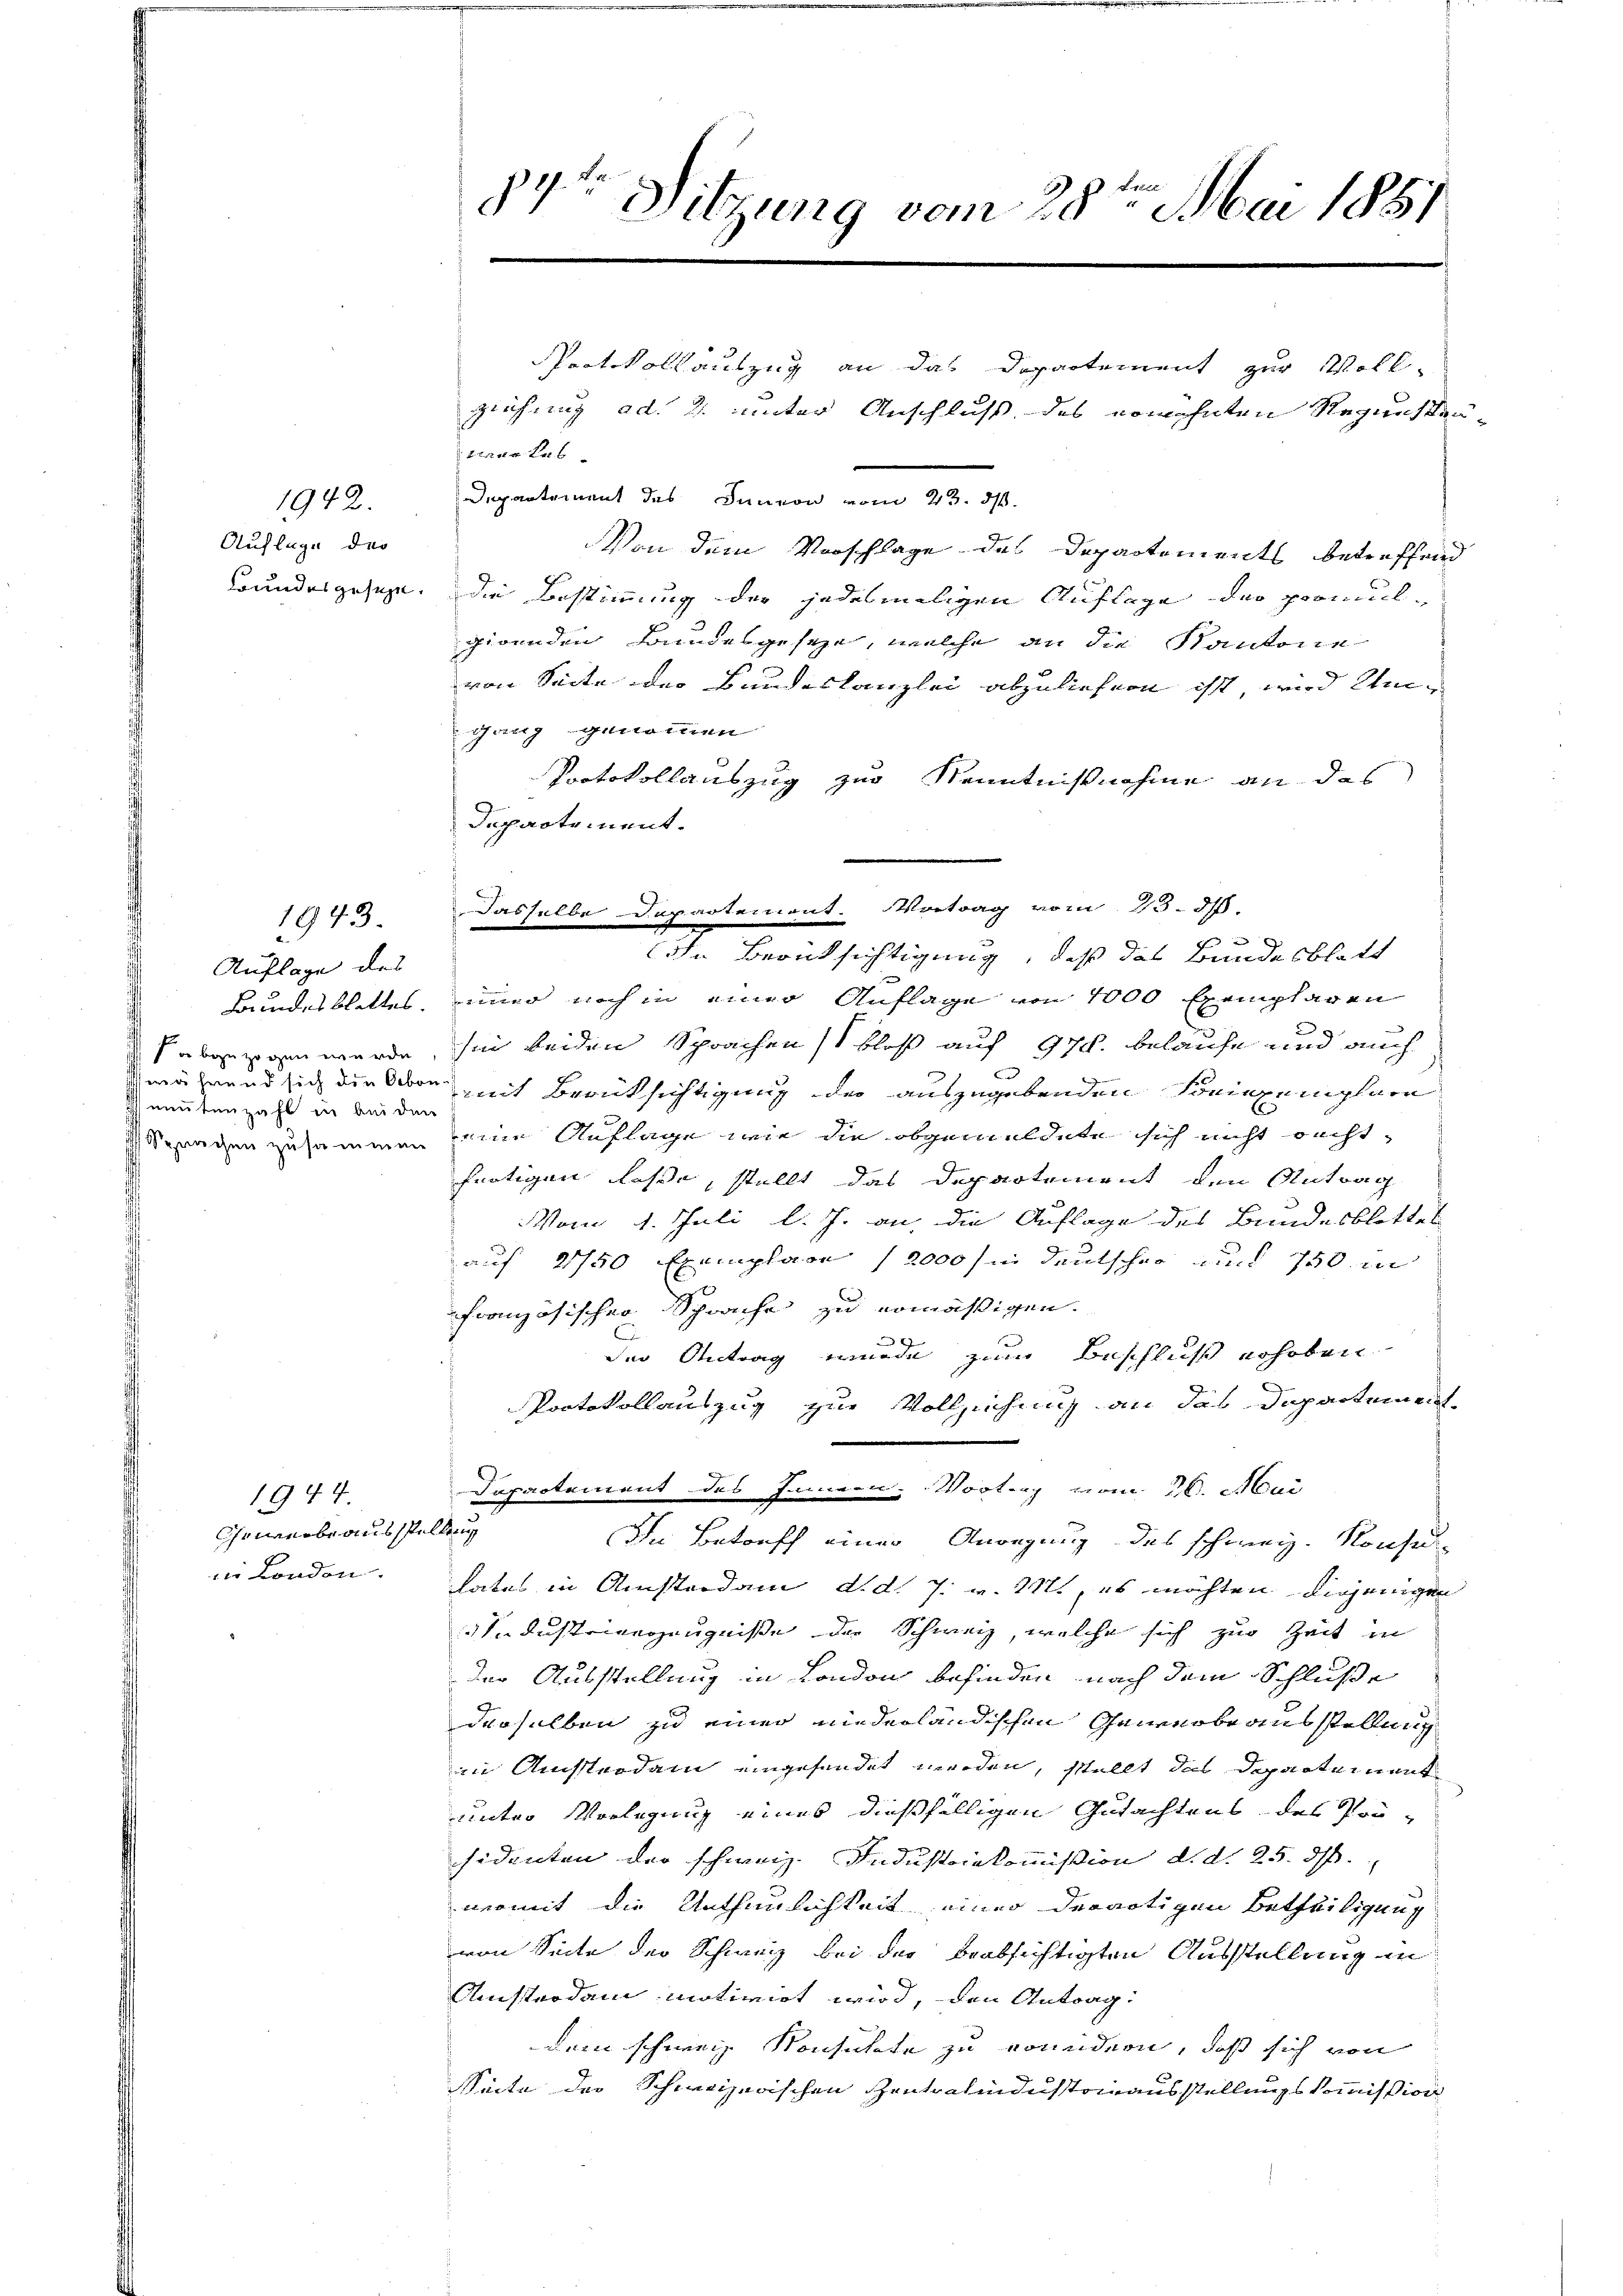
1942.
Auflage das
Bundesgesezen.

1943.
Auflage des
Bundesblattes.
neutenzahl in bei den
 Sprachen zusammen

1944.
Chrwerbe ausstellung
in London.

84te Sitzung vom 28ten Mai 1881.

Protokollauszug an das Departement zur Voll-
ziehung ad. 2. unter Anschluß des erwohnten Regensteuterer Leb
Departement des Innern vom 23. ds.
Von dem Vorschlage des Departements betreffend
die Bestimmung der jedesmaligen Auflage der promulgirenden Bundesgeseze, welche an die Kantone
von Seite der Bundeskanzlei abzuliefern ist, wird Umganz genommen
Protokollauszug zur Kenntnißnahme an das
Departement.

n Berücksichtigung, daß das Bundesblatt
immer noch in einer Auflage von 1000 Exemplaren
aben wurde, sie beiden Sprachen bloß auf 970. belaufe und auch
während sich die Oben mit Berücksichtigung der auszugebenden Konexemplare
eine Auflage wie die obgemeldete sich nicht recht
fertigen lasse, stellt das Departement den Antrag
Vom 1. Juli l. J. an, die Auflage des Bundesblattes
auf 2750 Exemplare (2000 fn Deutscher und 750 in
französischer Sprache zu ermäßigen.
der Antrag wurde zum Beschluß erhoben
Protokollauszug zur Vollziehung an das Departement
Departement des Innern Vortrag vom 16. Mai
In Betreff einer Anregung des schweiz. Konsu
hates in Amsterdam, d. d. 7. v. 211, es möchten diejenigen
 Dustrierzeugniße der Schweiz, welche sich zur Zeit in
der Ausstellung in London befinden nach dem Schluße
derselben zu einer niederländischen Gewerbsausstellung
in Aussterdam eingesendet werden, stellt das Departement
unter Vorlegung eines dießfälligen Gutachtens des Pon-
sidenten der schweiz. Industriekommißion d. d. 25. ds.
nermit die Unthumlichkeit einer derartigen Betheiligung
von Seite der Schweiz bei der beabsichtigten Ausstellung in
Amsterdam motivirt wird, den Antrag:
dem schweiz. Konsulate zu ermeidern, daß sich von
Seite der Schweizerischen Zentralindustrinausstellungskommission

Dasselbe Departemont. Vortrag vom 23.3.